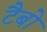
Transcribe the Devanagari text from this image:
टैबो